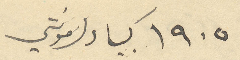
١۹٠٥ كبيا دلمونتي